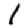
Digit: 1